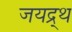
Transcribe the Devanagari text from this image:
जयद्र्थ